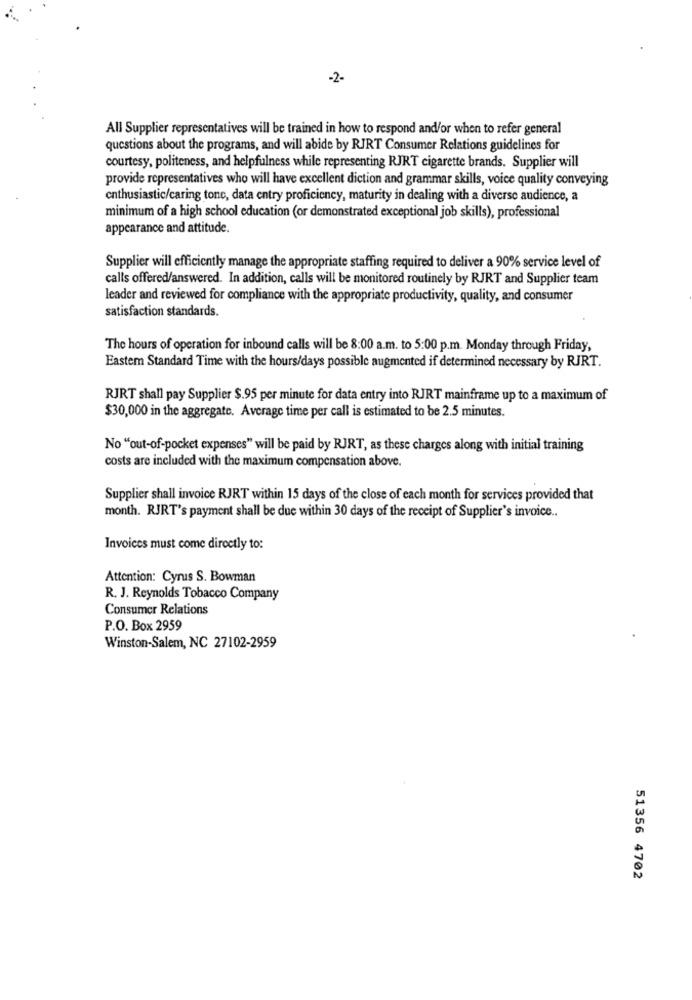
-2-
All Supplier representatives will be trained in how to respond and/or when to refer general
questions about the programs, and will abide by RIRT Consumer Relations guidelines for
courtesy, politeness, and helpfulness while representing RJRT cigarette brands. Supplier will
provide representatives who will have excellent diction and grammar skills, voice quality conveying
enthusiastic/caring tone, data entry proficiency, maturity in dealing with a diverse audience, a
minimum of a high school education (or demonstrated exceptional job skills), professional
appearance and attitude.
Supplier will efficiently manage the appropriate staffing required to deliver a 90% service level of
calls offered/answered. In addition, calls will be monitored routinely by RJRT and Supplier team
leader and reviewed for compliance with the appropriate productivity, quality, and consumer
satisfaction standards.
The hours of operation for inbound calls will be 8:00 a.m. to 5:00 p.m. Monday through Friday,
Eastem Standard Time with the hours/days possible augmented if determined necessary by RJRT.
RJRT shall pay Supplier $.95 per minute for data entry into RJRT mainframe up to a maximum of
$30,000 in the aggregate. Average time per call is estimated to be 2.5 minutes.
No "out-of-pocket expenses" will be paid by RJRT, as these charges along with initial training
costs are included with the maximum compensation above.
Supplier shall invoice RJRT within 15 days of the close of each month for services provided that
month. RJRT's payment shall be due within 30 days of the receipt of Supplier's invoice ..
Invoices must come directly to:
Attention: Cyrus S. Bowman
R. J. Reynolds Tobacco Company
Consumer Relations
P.O. Box 2959
Winston-Salem, NC 27102-2959
51356 4702